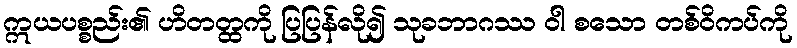
ဣယပစ္စည်း၏ ဟိတတ္ထကို ပြပြန်လို၍ သုခဘာဂဿ ဝါ စသော တစ်ဝိကပ်ကို